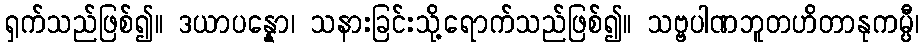
ရှက်သည်ဖြစ်၍။ ဒယာပန္နော၊ သနားခြင်းသို့ရောက်သည်ဖြစ်၍။ သဗ္ဗပါဏဘူတဟိတာနုကမ္ပီ၊